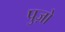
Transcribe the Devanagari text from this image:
पुज़ो